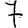
Digit: 7